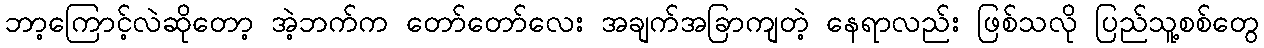
ဘာ့ကြောင့်လဲဆိုတော့ အဲ့ဘက်က တော်တော်လေး အချက်အခြာကျတဲ့ နေရာလည်း ဖြစ်သလို ပြည်သူ့စစ်တွေ